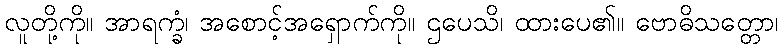
လူတို့ကို။ အာရက္ခံ၊ အစောင့်အရှောက်ကို။ ဌပေသိ၊ ထားပေ၏။ ဗောဓိသတ္တော၊